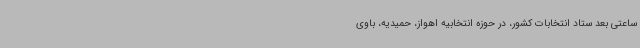
ساعتی بعد ستاد انتخابات کشور، در حوزه انتخابیه اهواز، حمیدیه، باوی